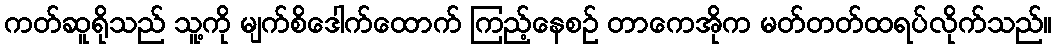
ကတ်ဆူရိုသည် သူ့ကို မျက်စိဒေါက်ထောက် ကြည့်နေစဉ် တာကေအိုက မတ်တတ်ထရပ်လိုက်သည်။